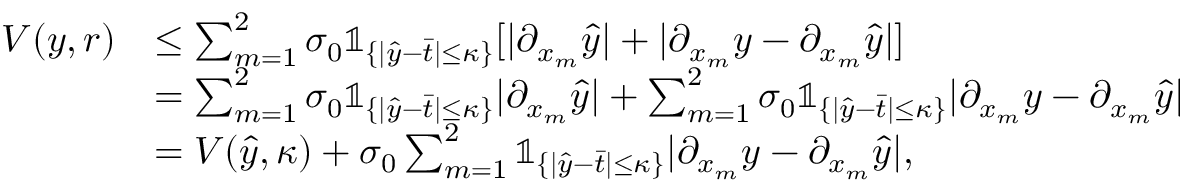
\begin{array} { r l } { V ( y , r ) } & { \leq \sum _ { m = 1 } ^ { 2 } \sigma _ { 0 } \mathbb { 1 } _ { \{ | \hat { y } - \bar { t } | \leq \kappa \} } [ | \partial _ { x _ { m } } \hat { y } | + | \partial _ { x _ { m } } y - \partial _ { x _ { m } } \hat { y } | ] } \\ & { = \sum _ { m = 1 } ^ { 2 } \sigma _ { 0 } \mathbb { 1 } _ { \{ | \hat { y } - \bar { t } | \leq \kappa \} } | \partial _ { x _ { m } } \hat { y } | + \sum _ { m = 1 } ^ { 2 } \sigma _ { 0 } \mathbb { 1 } _ { \{ | \hat { y } - \bar { t } | \leq \kappa \} } | \partial _ { x _ { m } } y - \partial _ { x _ { m } } \hat { y } | } \\ & { = V ( \hat { y } , \kappa ) + \sigma _ { 0 } \sum _ { m = 1 } ^ { 2 } \mathbb { 1 } _ { \{ | \hat { y } - \bar { t } | \leq \kappa \} } | \partial _ { x _ { m } } y - \partial _ { x _ { m } } \hat { y } | , } \end{array}